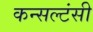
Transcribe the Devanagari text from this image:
कन्सल्टंसी